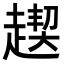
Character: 𧼪